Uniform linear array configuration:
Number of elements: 48
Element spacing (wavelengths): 1
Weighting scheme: uniform
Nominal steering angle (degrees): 45
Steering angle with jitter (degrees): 44.342
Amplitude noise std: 0.05
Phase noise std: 0.05

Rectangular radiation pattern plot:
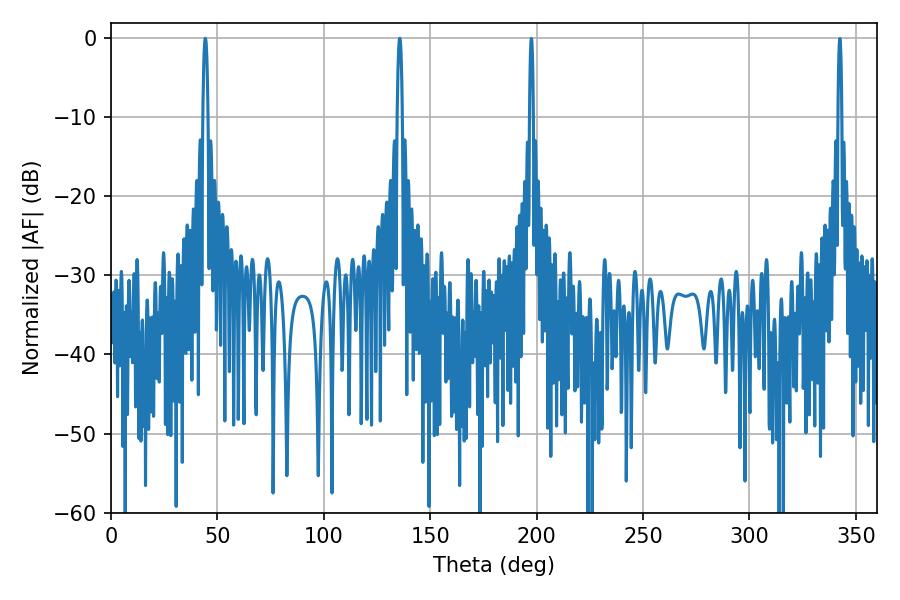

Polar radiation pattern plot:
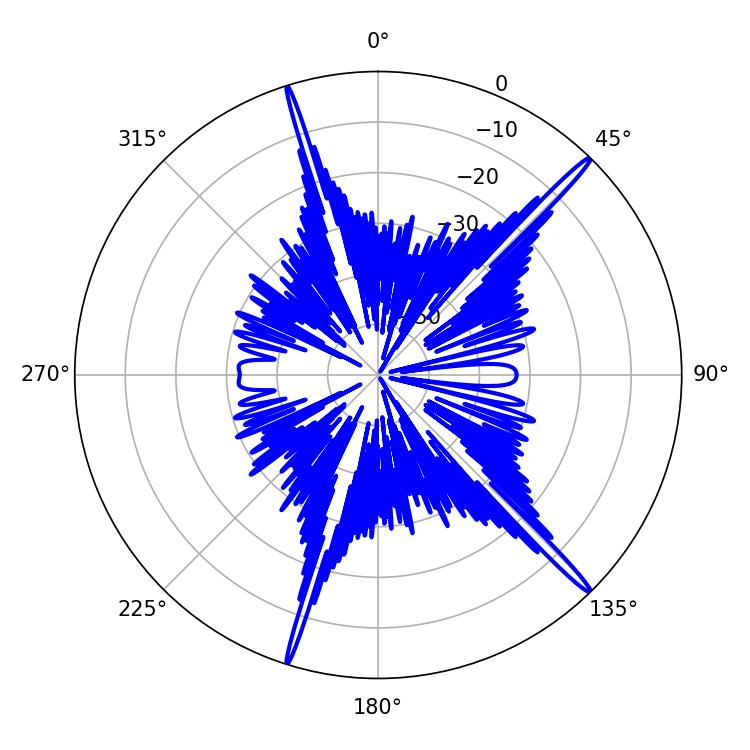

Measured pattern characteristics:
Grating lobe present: TRUE
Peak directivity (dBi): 18.628
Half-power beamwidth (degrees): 1.26
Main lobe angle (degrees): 44.28